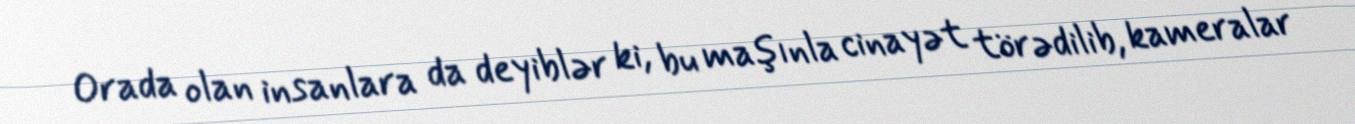
Orada olan insanlara da deyiblər ki, bu maşınla cinayət törədilib, kameralar